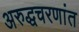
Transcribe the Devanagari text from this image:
अरुद्धचरणांत